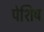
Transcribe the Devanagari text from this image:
पेशिष